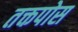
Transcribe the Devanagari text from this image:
तक्तपोस